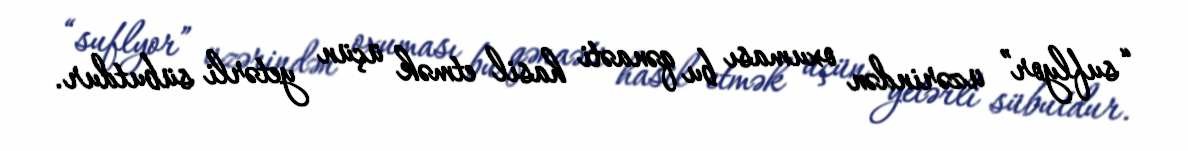
“suflyor” üzərindən oxuması bu qənaəti hasil etmək üçün yetərli sübutdur.